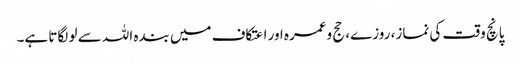
پانچ وقت کی نماز، روزے، حج وعمرہ اور اعتکاف میں بندہ اللہ سے لو لگاتا ہے۔